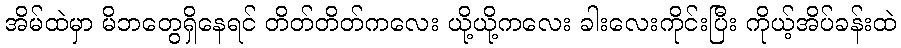
အိမ်ထဲမှာ မိဘတွေရှိနေရင် တိတ်တိတ်ကလေး ယို့ယို့ကလေး ခါးလေးကိုင်းပြီး ကိုယ့်အိပ်ခန်းထဲ